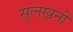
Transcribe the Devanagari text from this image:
सुलखनी